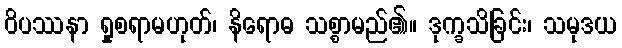
ဝိပဿနာ ရှုစရာမဟုတ်၊ နိရောဓ သစ္စာမည်၏။ ဒုက္ခသိခြင်း၊ သမုဒယ